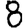
Digit: 8